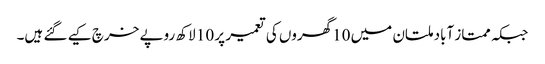
جبکہ ممتاز آباد ملتان میں 10گھروں کی تعمیر پر 10 لاکھ روپے خرچ کیے گئے ہیں۔